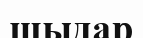
шыдар